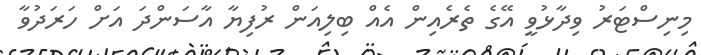
މިނިސްޓަރު ވިދާޅުވީ އޭގެ ތެރެއިން އެއް ބިލިއަން ރުފިޔާ އާސަންދަ އަށް ހަރަދުވާ